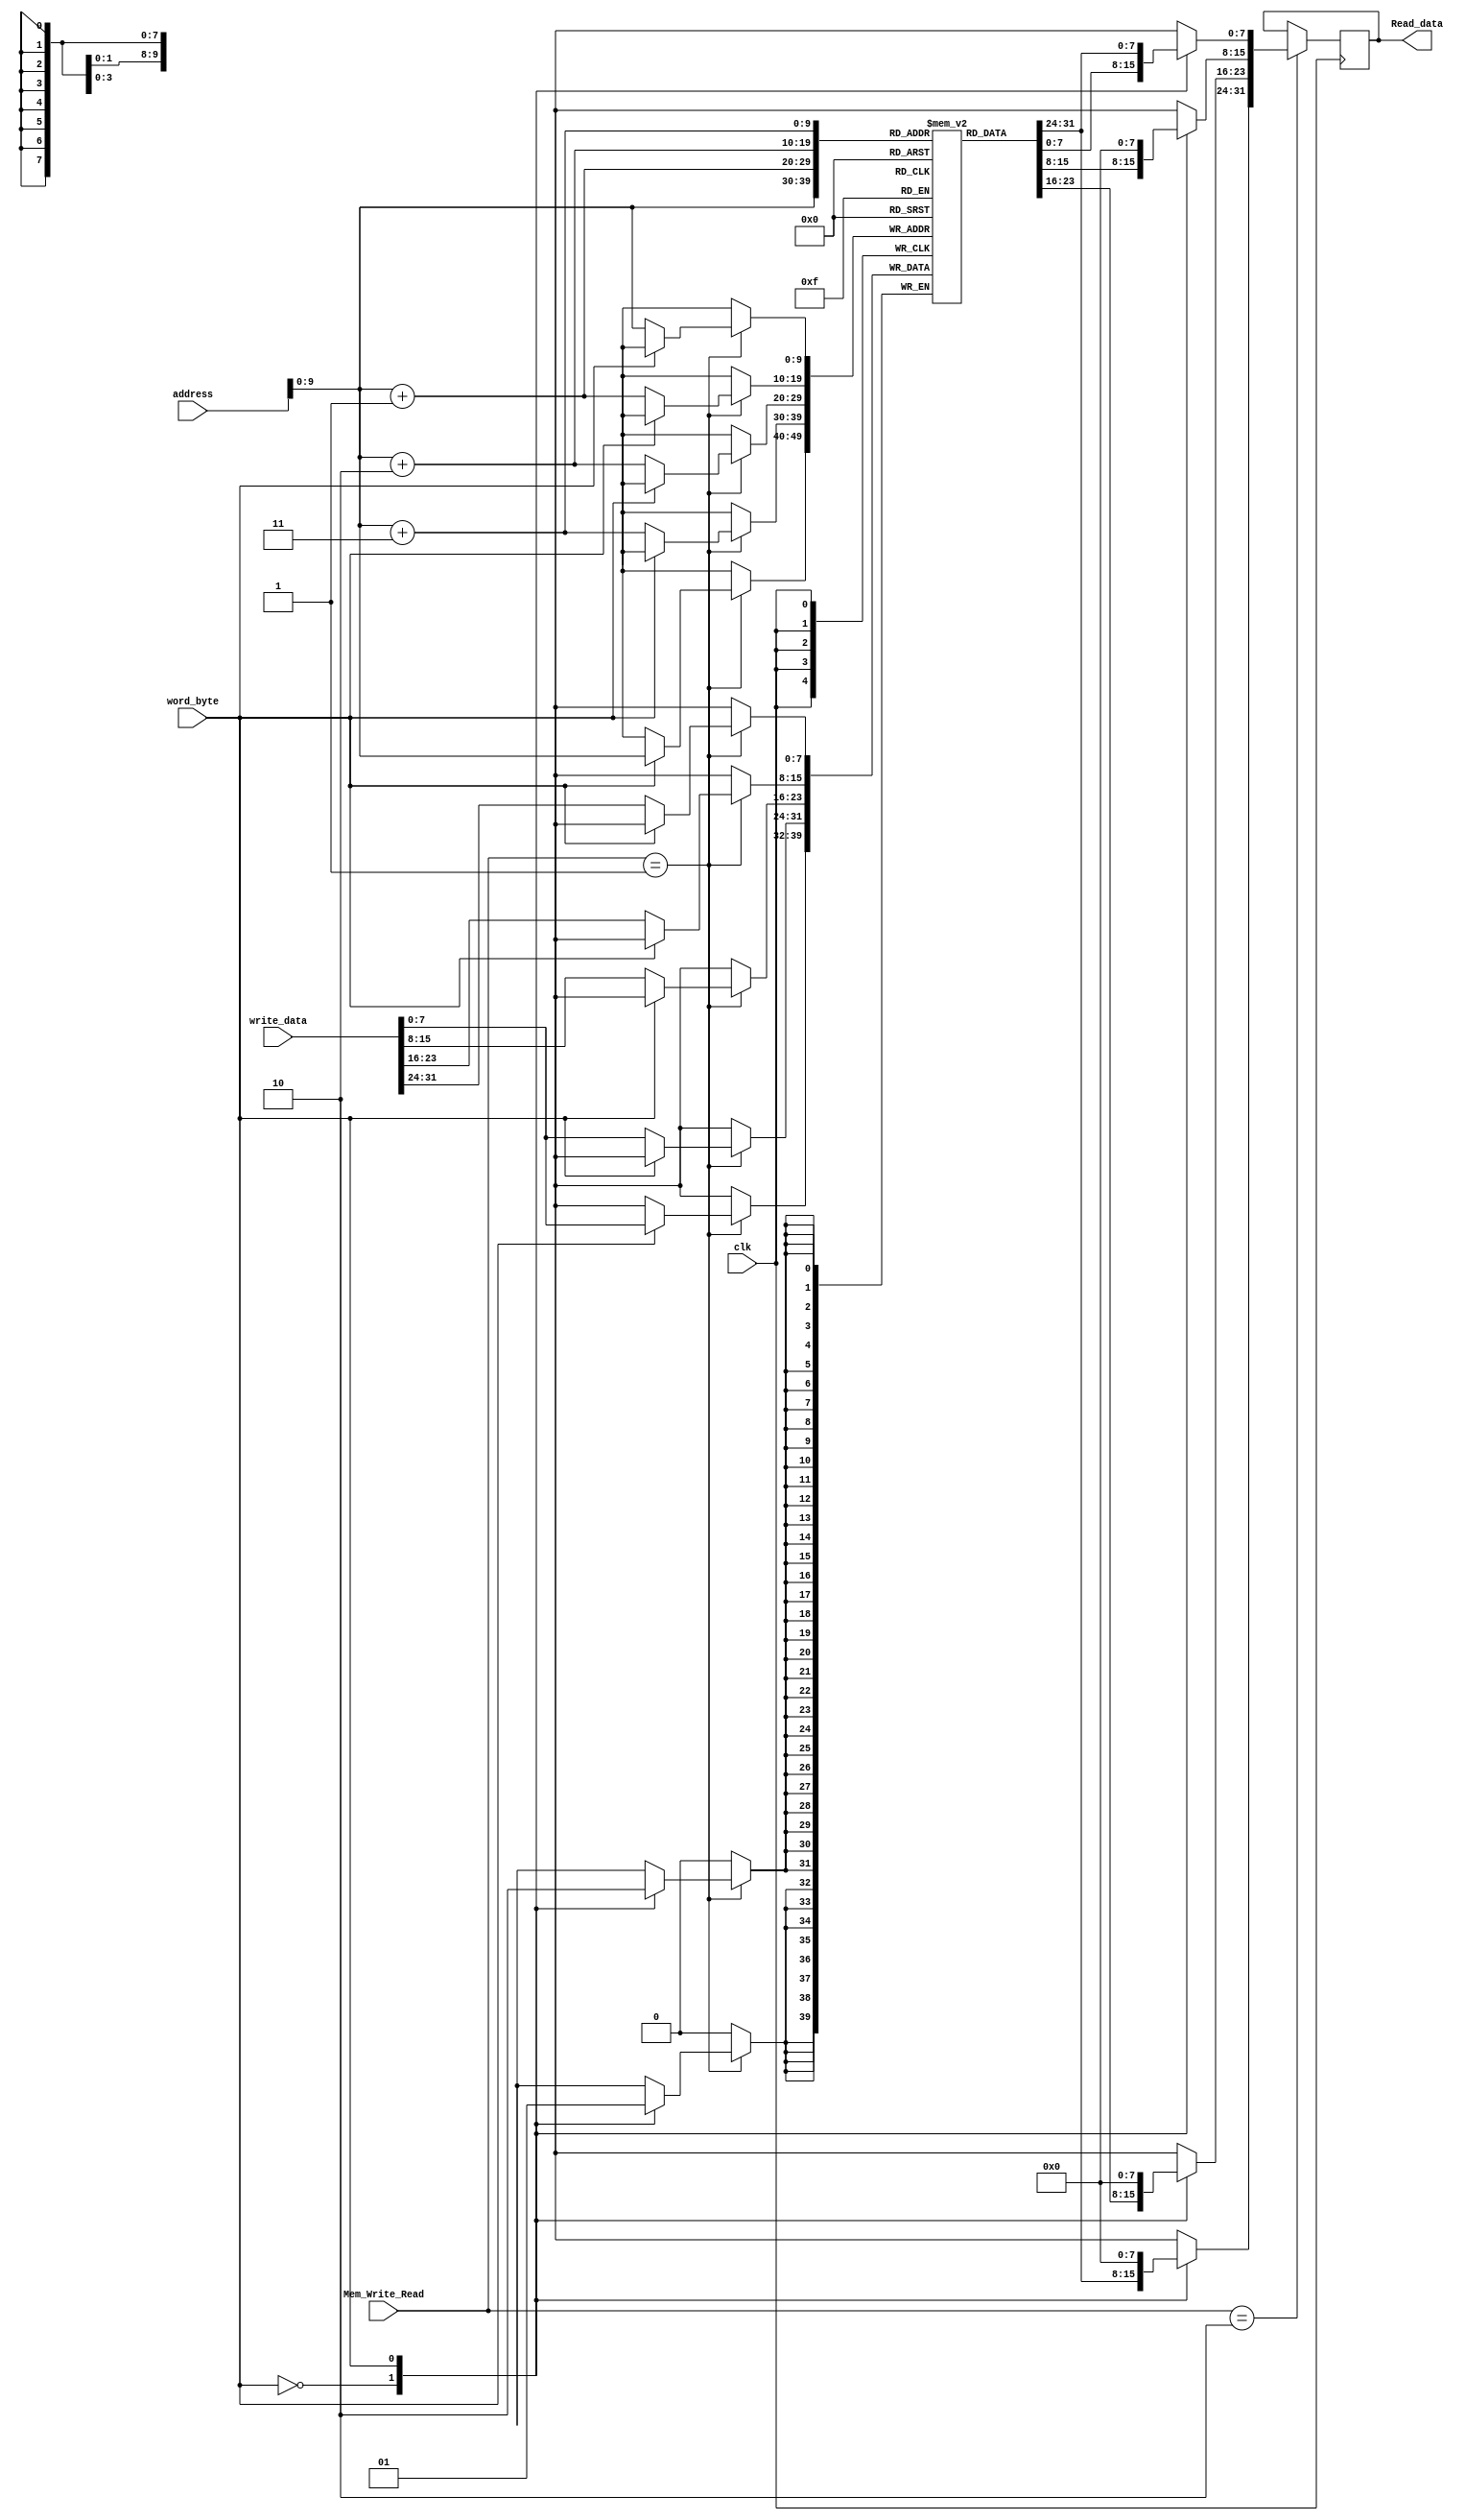
module DataMemory(clk,address,write_data,Mem_Write_Read,Read_data,word_byte);
input [31:0] address,write_data;
input [1:0] Mem_Write_Read;
input clk,word_byte;
output reg[31:0] Read_data;
	// Intitialization for the memory 
	reg [7:0] mem [1023:0]; // building a 1k memory // 	
	integer i;
	
	initial
		begin
	/*mem[3] 	= 4;
	mem[7] 	= 8;
	mem[11] 	= 12;
	mem[15] 	= 16;
	mem[19] 	= 20;
	mem[23] 	= 24;
	mem[27] 	= 28;
	mem[31] 	= 32;*/
			for(i = 0; i <1023; i = i + 1)
				begin
					mem[i] <=  0;
					if((i+1)%4 == 0)
					mem[i] <= i+1;
				end
		end
//Read data
always @(negedge clk) begin
if(Mem_Write_Read == 2'b10) begin
case(word_byte)
//load word
1'b0: begin
Read_data[31:24] = mem[address[9:0]];
Read_data[23:16] = mem[address[9:0]+1];
Read_data[15:8] = mem[address[9:0]+2];
Read_data[7:0] = mem[address[9:0]+3];
end
//load byte
1'b1: begin
Read_data = mem[address[9:0]];
end
endcase
end
end

//Write data
always @(posedge clk) begin
if(Mem_Write_Read == 2'b01) begin
case(word_byte)
//store word
1'b0: begin
mem[address[9:0]] = write_data[31:24];
mem[address[9:0]+1] = write_data[23:16];
mem[address[9:0]+2] = write_data[15:8];
mem[address[9:0]+3] = write_data[7:0];
end
//store byte
1'b1: begin
mem[address[9:0]] = write_data;
end
endcase
end
end
endmodule